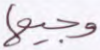
وجيها